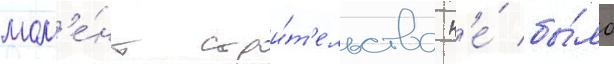
мом'е́нт строи́т'ельства н'е́ бы́ло